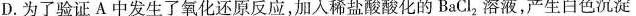
D.为了验证A中发生了氧化还原反应，加入稀盐酸酸化的BaCl_{2}溶液，产生白色沉淀